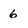
Character: 6